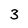
Character: 3